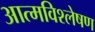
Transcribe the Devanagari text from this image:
आत्मविश्लेषण